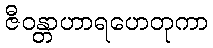
ဇီဝန္တာဟာရဟေတုကာ